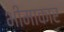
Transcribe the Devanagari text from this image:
भीमाकार